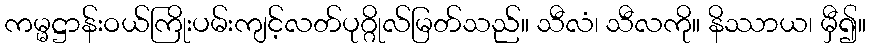
ကမ္မဋ္ဌာန်းဝယ်ကြိုးပမ်းကျင့်လတ်ပုဂ္ဂိုလ်မြတ်သည်။ သီလံ၊ သီလကို။ နိဿာယ၊ မှီ၍။